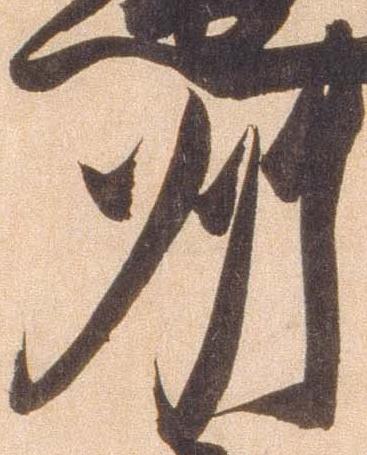
州